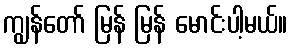
ကျွန်တော် မြန် မြန် မောင်းပါ့မယ်။